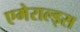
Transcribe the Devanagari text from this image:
एमेराल्ड्स